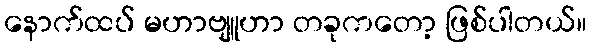
နောက်ထပ် မဟာဗျူဟာ တခုကတော့ ဖြစ်ပါတယ်။